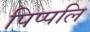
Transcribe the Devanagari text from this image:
पिप्पलि